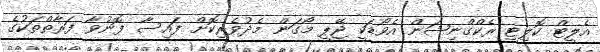
އެލީޓް ކޮލިޓީ ރެކްގްނިޝަން އެވޯޑަކީ ޖޭޕީ މޯގަން މެދުވެރިކޮށް ފައިސާ ފޮނުވާ ފަރާތްތަކުގެ